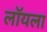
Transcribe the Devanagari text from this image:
लॉयला